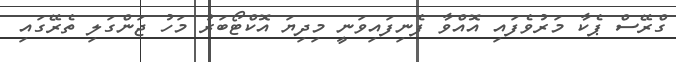
ގްރޭސް ޕެކާ މަރުވެފައި އޮއްވާ ފެނިފައިވަނީ މިދިޔަ އޮކްޓޯބަރު މަހު ޖަންގަލި ތެރޭގައި